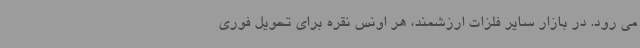
می رود. در بازار سایر فلزات ارزشمند، هر اونس نقره برای تحویل فوری